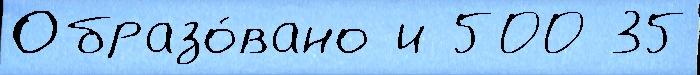
Образо́вано и 500 35